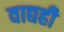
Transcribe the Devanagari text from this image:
वाद्यही